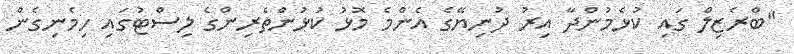
"ބްރެޒިލް ގައި ކުޅެމުންދާ އިރު ދުނިޔޭގެ އެންމެ މޮޅު ކުޅުންތެރިންގެ ލިސްޓުގައި ހިމެނިގެން